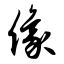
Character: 像